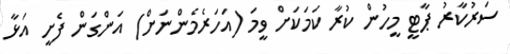
ސަރުކާރު ޕާޓީ މީހުން ކުރާ ކަމަކަށް ވީމަ (އަހަރެމެންނަށް) އަންގަން ފެށީ އަޅާ